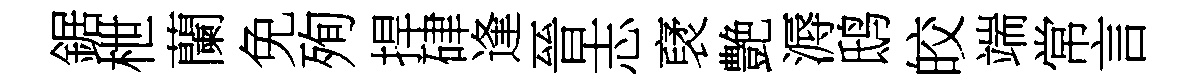
鋸枻蘭免殉捍硉逢晉志裦艶溽鸱皎端常言